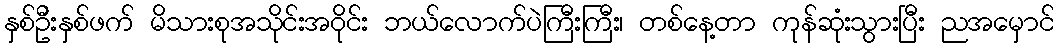
နှစ်ဦးနှစ်ဖက် မိသားစုအသိုင်းအဝိုင်း ဘယ်လောက်ပဲကြီးကြီး၊ တစ်နေ့တာ ကုန်ဆုံးသွားပြီး ညအမှောင်